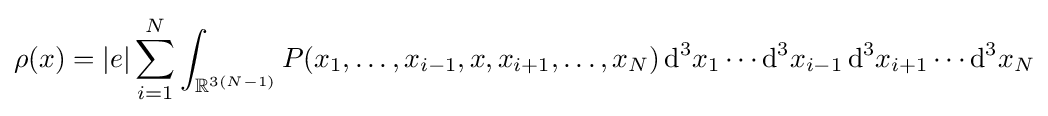
\rho (x)=|e|\sum _{i=1}^{N}\int _{\mathbb {R} ^{3(N-1)}}P(x_{1},\dots ,x_{i-1},x,x_{i+1},\dots ,x_{N})\,\mathrm {d} ^{3}x_{1}\cdots \mathrm {d} ^{3}x_{i-1}\,\mathrm {d} ^{3}x_{i+1}\cdots \mathrm {d} ^{3}x_{N}